Sketch of the medical history of the native army of Bombay, for the year
Year: 1872
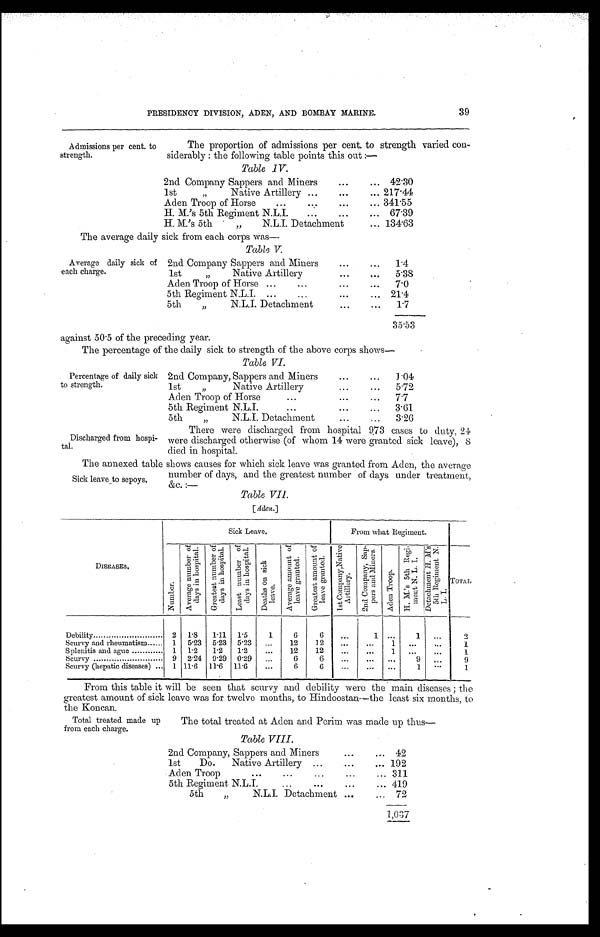
39
PRESIDENCY DIVISION, ADEN, AND BOMBAY MARINE.
Admissions per cent. to
strength.
The proportion of admissions per cent. to strength varied con-
siderably : the following table points this out :—
Table IV.
2nd Company Sappers and Miners . . . 42.30
1st ,, Native Artillery . . . 217.44
Aden Troop of Horse . . . 341.55
H. M.'s 5th Regiment N.L.I. . . . 67.39
H. M.'s 5th " N.L.I. Detachment . . . 134.63
The average daily sick from each corps was
Table V.
Average daily sick of
each charge.
2nd Company Sappers and Miners . . .
1.4
1st "
Native Artillery . . .
5.38
Aden Troop of Horse . . .
7.0
5th Regiment N.L.I. . . . 21.4
5th ,, N.L.I. Detachment . . .
1.7
35.53
against 50.5 of the preceding year.
The percentage of the daily sick to strength of the above corps shows
Table VI.
Percentage of daily sick
to strength.
Discharged from hospi-
tal.
2nd Company, Sappers and Miners . . .
1.04
1st " Native Artillery . . .
5.72
Aden Troop of Horse . . .
7.7
5th Regiment N.L.I. . . .
3.61
5th " N.L.I. Detachment . . .
3.26
There were discharged from hospital 9.73 cases to duty, 24
were discharged otherwise (of whom 14 were granted sick leave), 8
died in hospital.
The annexed table shows causes for which sick leave was granted from Aden, the average
number of days, and the greatest number of days under treatment,
&c.
Table VII.
[Aden.]
D I S E A S E S .
Sick Leave.
From what Regiment.
TOTAL
N u m b e r .
A v e r a g e n u m b e r o f d a y s i n h o s p i t a l .
G r e a t e s t N u m b e r o f d a y s i n h o s p i t a l .
L e a s t n u m b e r o f d a y s i n h o s p i t a l .
D e a t h s o n s i c k l e a v e .
A v e r a g e a m o u n t o f l e a v e g r a n t e d .
G r e a t e s t a m o u n t o f l e a v e g r a n t e d .
1 s t C o m p a n y N a t i v e A r t i l l e r y .
2 n d C o m p a n y , S a p - p e r s a n d M i n e r s .
A d e n T r o o p .
H . M . ' s 5 t h R e g i m e n t N . L . I .
D e t a c h m e n t H . M . ' s 5 t h R e g i m e n t N . L . I .
Debility . . .
2
1.8
1.11 1.5
1
6
6
. . .
1
. . .
1
. . .
2
Scurvy and rheumatism . . .
1
5.23 5.23 5.23
. . .
12
1 2
. . .
. . .
1
. . .
. . .
1
Splenitis and ague . . .
1
1.2
1.2
1.2
. . .
12
12
. . .
. . .
1
. . .
. . .
1
Scurvy . . .
9 2.24 9.29 0.29
. . .
6
6
. . .
. . .
. . .
9
. . .
9
Scurvy (hepatic diseases) . . . 1 11.6
11.6 11.6
. . .
6
6
. . .
. . .
. . .
1
. . .
1
From this table it will be seen that scurvy and debility were the main diseases ; the
greatest amount of sick leave was for twelve months, to Hindoostan—the least six months, to
the Koncan.
Sick leave to sepoys.
Total treated made up
from each charge.
The total treated at Aden and Perim was made up thus
Table VIII.
2nd Company, Sappers and Miners . . . 42
1st Do. Native Artillery . . . 192
Aden Troop . . . 311
5th Regiment N.L.I. . . . 419
5th ,, N.L.I. Detachment . . .
7 2
1,037